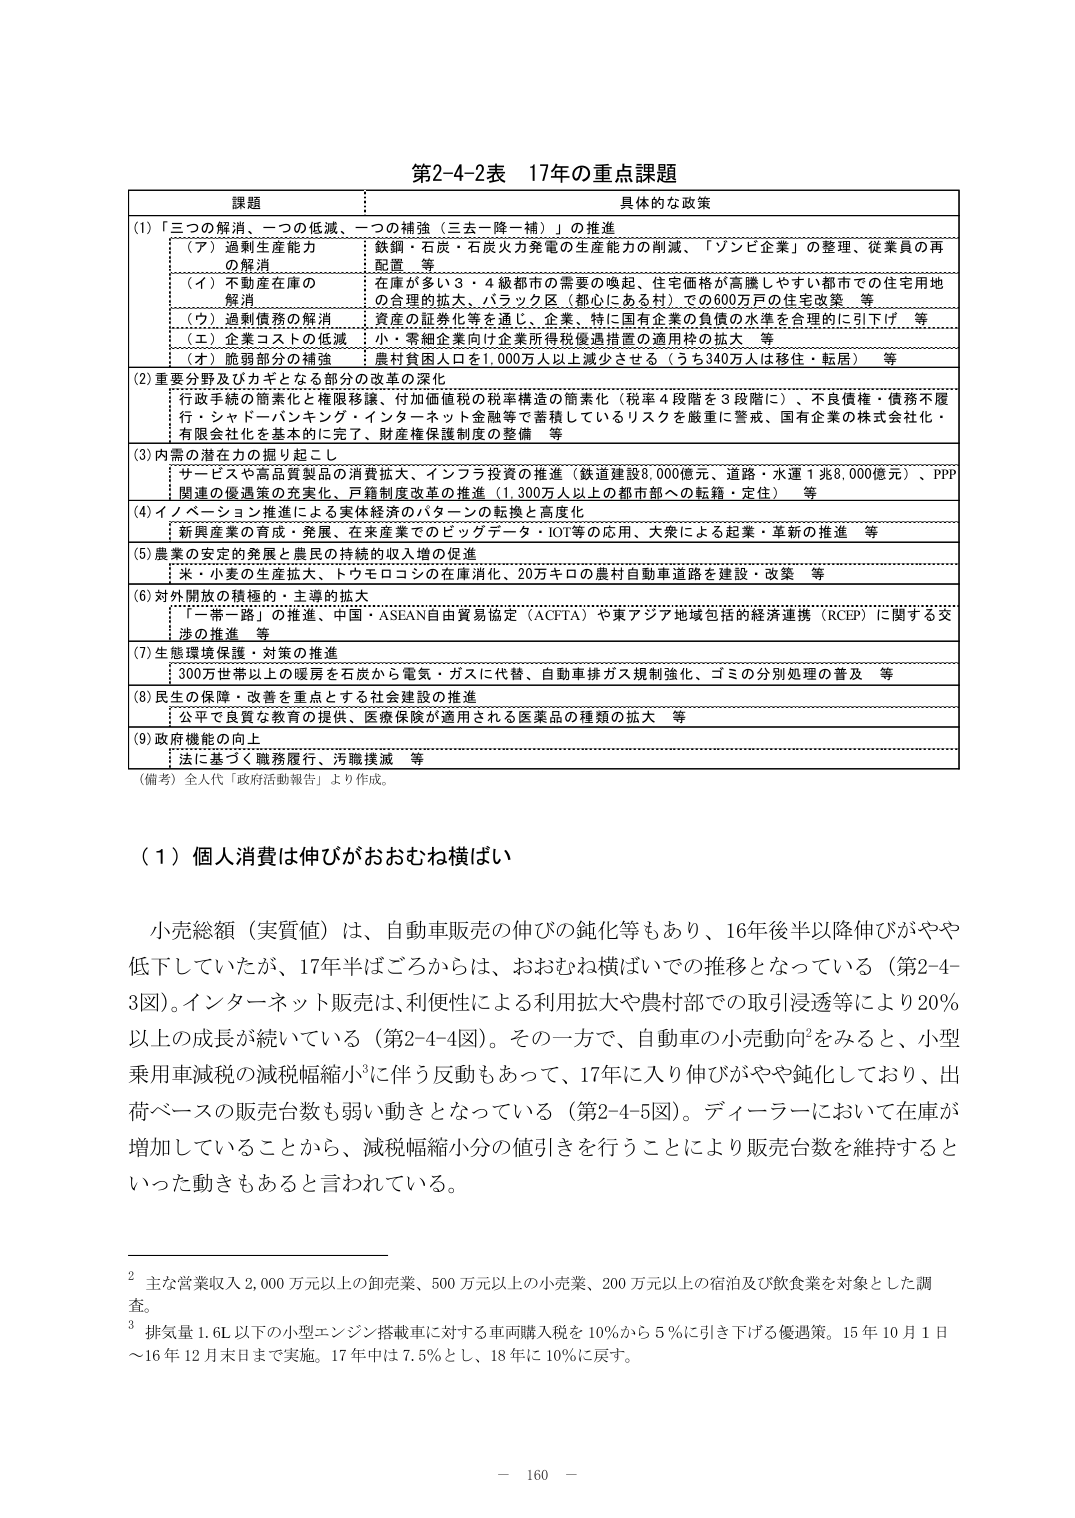
第2-4-2表 17年の重点課題

課題